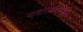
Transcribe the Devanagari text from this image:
गावातसार्वजनिक